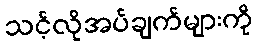
သင့်လိုအပ်ချက်များကို